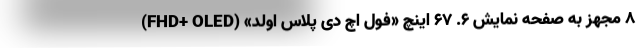
8 مجهز به صفحه نمایش 6. 67 اینچ «فول اچ دی پلاس اولد» (FHD+ OLED)